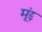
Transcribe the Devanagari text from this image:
मूंद्द